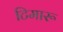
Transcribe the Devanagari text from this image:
टिमारू